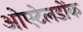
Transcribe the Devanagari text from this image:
ओएटेलडोंक